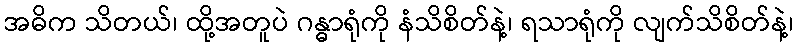
အဓိက သိတယ်၊ ထို့အတူပဲ ဂန္ဓာရုံကို နံသိစိတ်နဲ့၊ ရသာရုံကို လျက်သိစိတ်နဲ့၊